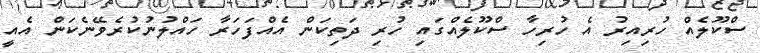
ސްކޫލެއް ހުރިއިރު އެ ހުރިހާ ސްކޫލެއްގައި ހުރި ދަތިކަން އެއްފަހަރާ ހައްލުނުކުރެވޭނެކަން އެއީ